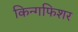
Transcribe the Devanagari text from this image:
किन्गफिशर